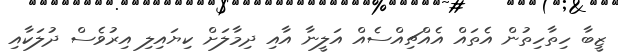
ޒީބާ ހިތާހިތުން އެތައް އެއްޗިއްސެއް އަލީނާ އާއި ދިމާލަށް ކިޔައިލި އިރުވެސް ދުލަކާއި